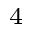
_ 4